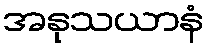
အနုသယာနံ